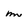
Character: m